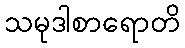
သမုဒါစာရောတိ